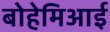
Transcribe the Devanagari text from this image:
बोहेमिआई